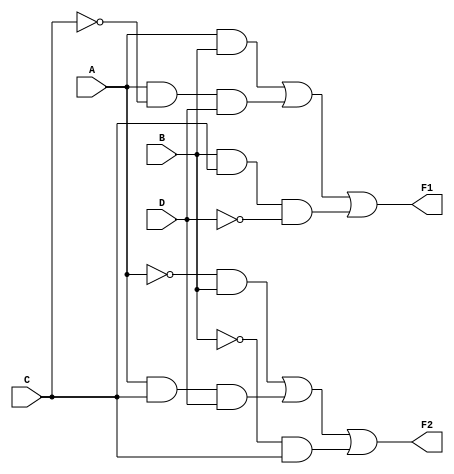
module combinational_logic(
    input wire A,    // Input A
    input wire B,    // Input B
    input wire C,    // Input C
    input wire D,    // Input D
    output wire F1,  // Output F1
    output wire F2   // Output F2
);

// Intermediate signals for simplified expressions
wire notA, notB, notC, notD;

// Inverted inputs for use in the logic expressions
not U1(notA, A);
not U2(notB, B);
not U3(notC, C);
not U4(notD, D);

// Simplified expression for F1 (example: F1 = AB + AC'D + BCD')
assign F1 = (A & B) | (A & notC & D) | (B & C & notD);

// Simplified expression for F2 (example: F2 = A'B + ACD + B'C)
assign F2 = (notA & B) | (A & C & D) | (notB & C);

// Alternative routes for F1 and F2 can be derived through K-maps or further algebraic simplification.

// End of the combinational logic module
endmodule